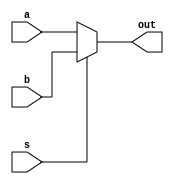
`timescale 1ns / 1ns

module mux2x1 (a,b,s,out);

input [31:0] a, b;
input s;
output [31:0] out;

assign out = (s == 1'b1) ? b : a;

endmodule